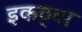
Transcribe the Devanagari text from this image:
इकठ्‍ठा